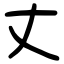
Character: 丈